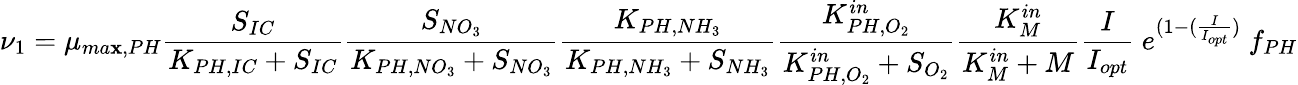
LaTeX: \nu_{1}=\mu_{ma\mathbf{x},PH}\frac{{S_{IC}}}{{K_{PH,IC}+S_{IC}}}\frac{{S_{NO_{3}}}}{{K_{PH,NO_{3}}+S_{NO_{3}}}}\frac{{K_{PH,NH_{3}}}}{{K_{PH,NH_{3}}+S_{NH_{3}}}}\frac{{K_{PH,O_{2}}^{in}}}{{K_{PH,O_{2}}^{in}+S_{O_{2}}}}\frac{{K_{M}^{in}}}{{K_{M}^{in}+M}}\frac{{I}}{{I_{opt}}}\ e^{(1-(\frac{{I}}{{I_{opt}}})}\ f_{PH}